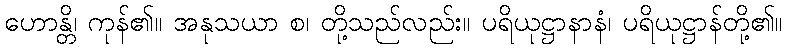
ဟောန္တိ၊ ကုန်၏။ အနုသယာ စ၊ တို့သည်လည်း။ ပရိယုဋ္ဌာနာနံ၊ ပရိယုဋ္ဌာန်တို့၏။